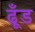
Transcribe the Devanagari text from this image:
ढूँड